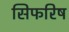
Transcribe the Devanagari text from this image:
सिफरिष